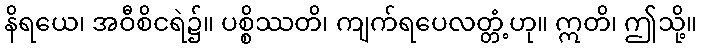
နိရယေ၊ အဝီစိငရဲ၌။ ပစ္စိဿတိ၊ ကျက်ရပေလတ္တံ့ဟု။ ဣတိ၊ ဤသို့။